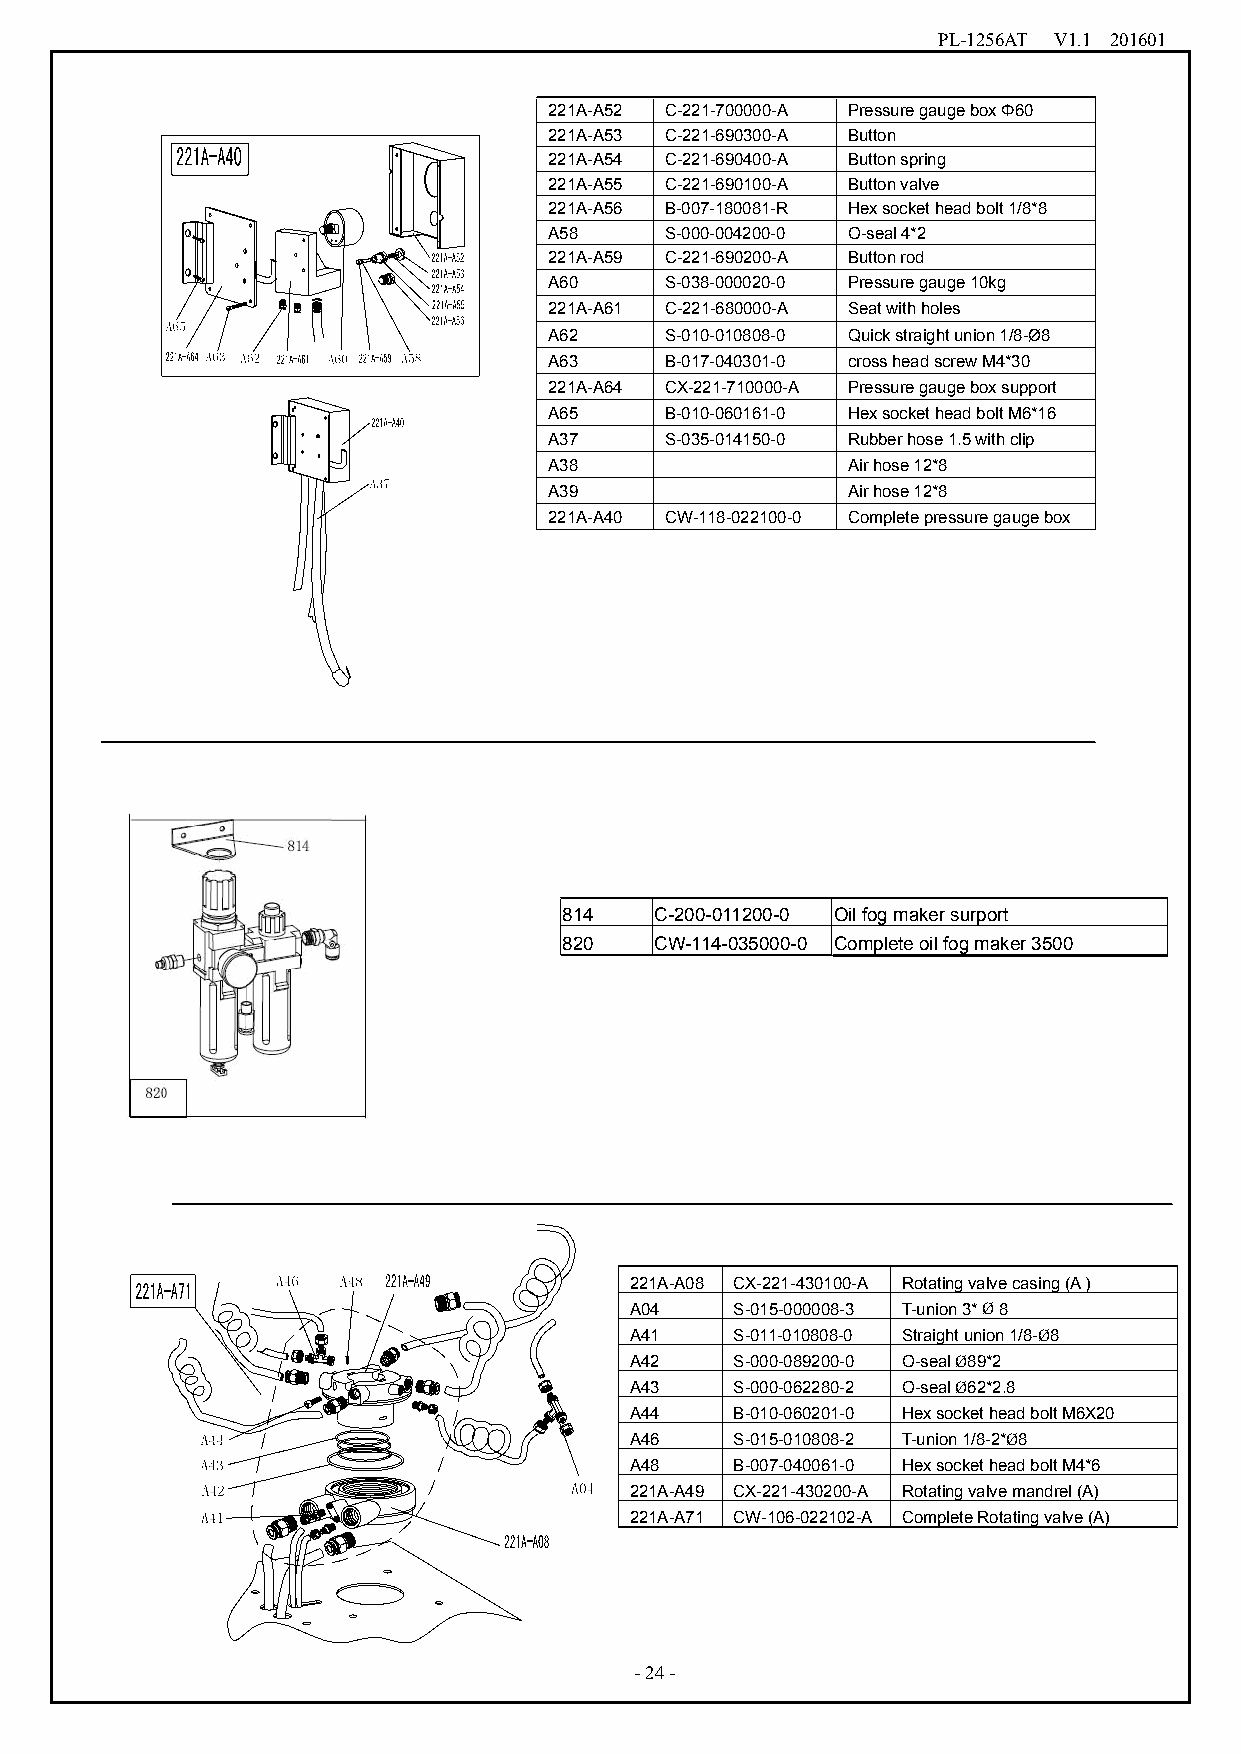
PL-1256AT V1.1 201601
 221A-A52 C-221-700000-A PressuregaugeboxΦ60
 221A-A53 C-221-690300-A Button
 221A-A54 C-221-690400-A Buttonspring
 221A-A55 C-221-690100-A Buttonvalve
 221A-A56 B-007-180081-R Hexsocketheadbolt1/8*8
 A58     S-000-004200-0 O-seal4*2
 221A-A59 C-221-690200-A Buttonrod
 A60     S-038-000020-0 Pressuregauge10kg
 221A-A61 C-221-680000-A Seatwithholes
 A62     S-010-010808-0 Quickstraightunion1/8-Ø8
 A63     B-017-040301-0 crossheadscrewM4*30
 221A-A64 CX-221-710000-A Pressuregaugeboxsupport
 A65     B-010-060161-0 HexsocketheadboltM6*16
 A37     S-035-014150-0 Rubberhose1.5withclip
 A38                 Airhose12*8
 A39                 Airhose12*8
 221A-A40 CW-118-022100-0 Completepressuregaugebox
 814   C-200-011200-0 Oilfogmakersurport
 820   CW-114-035000-0 Completeoilfogmaker3500
 221A-A08 CX-221-430100-A Rotatingvalvecasing(A)
 A04    S-015-000008-3 T-union3*Ø8
 A41    S-011-010808-0 Straightunion1/8-Ø8
 A42    S-000-089200-0 O-sealØ89*2
 A43    S-000-062280-2 O-sealØ62*2.8
 A44    B-010-060201-0 HexsocketheadboltM6X20
 A46    S-015-010808-2 T-union1/8-2*Ø8
 A48    B-007-040061-0 HexsocketheadboltM4*6
 221A-A49 CX-221-430200-A Rotatingvalvemandrel(A)
 221A-A71 CW-106-022102-A CompleteRotatingvalve(A)
 -24-